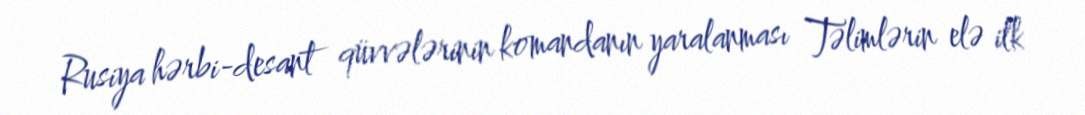
Rusiya hərbi-desant qüvvələrinin komandanın yaralanması Təlimlərin elə ilk